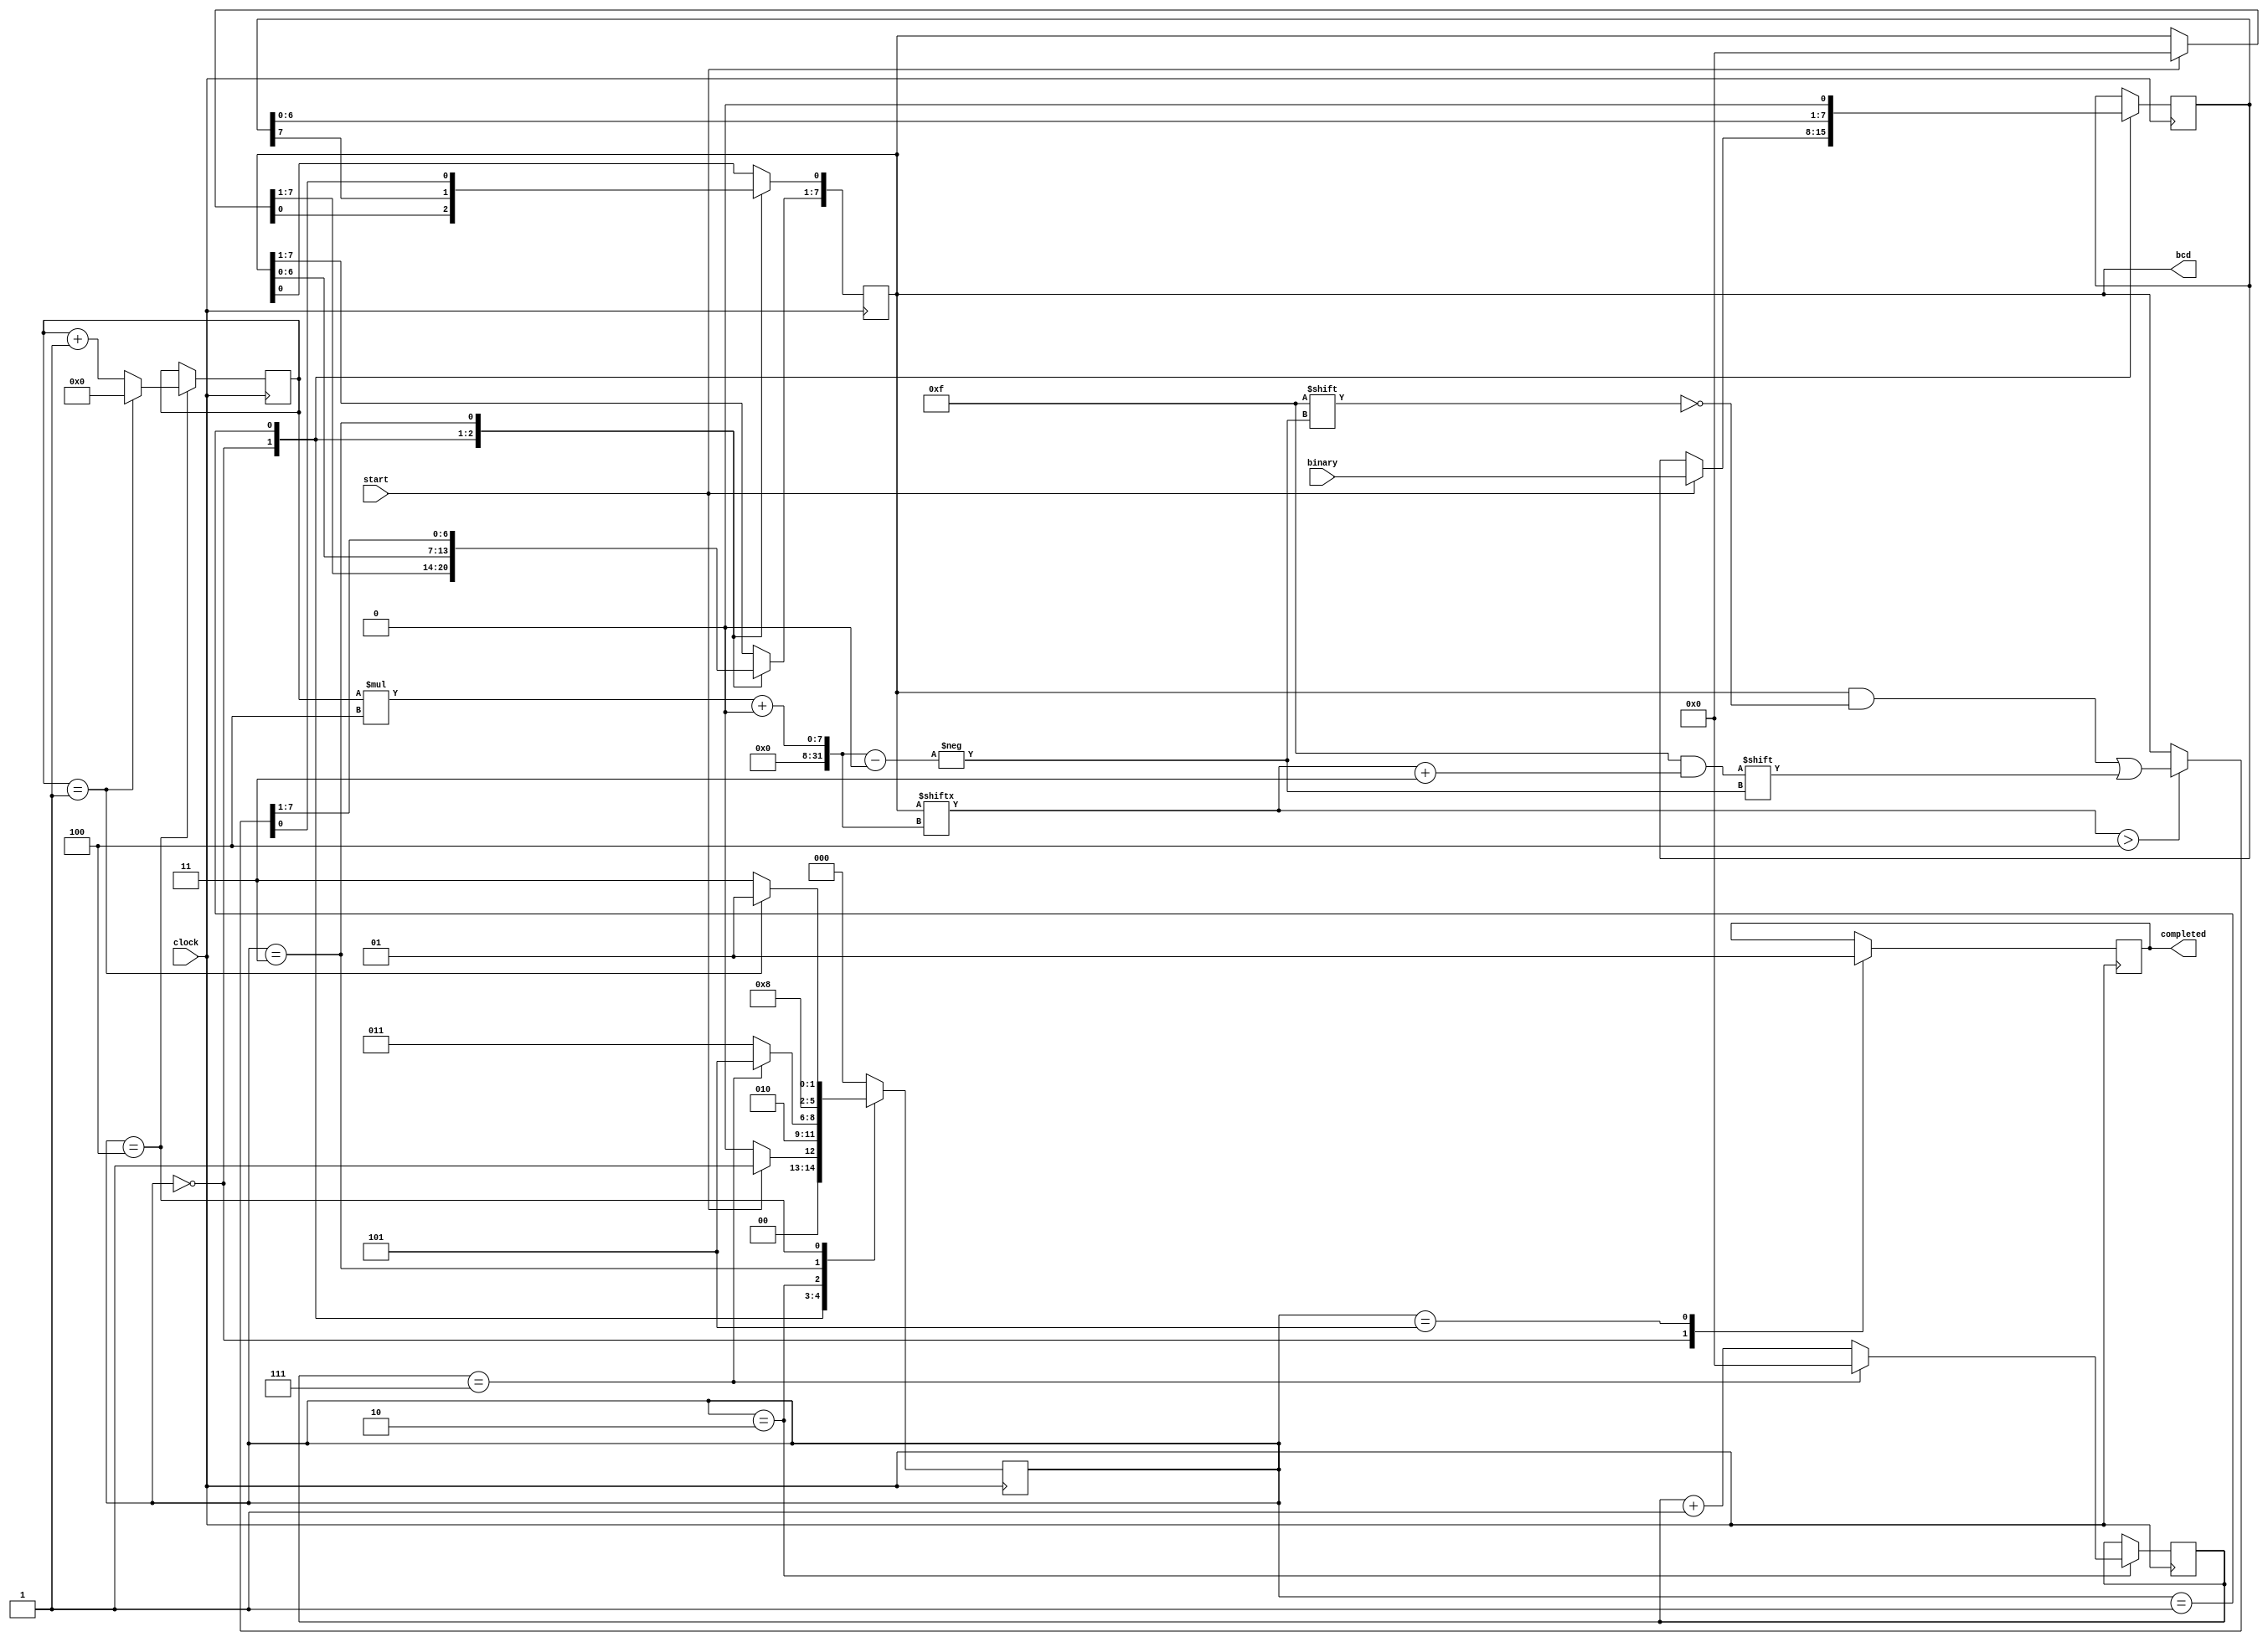
module BinaryToBCD #(
	parameter INPUT_LENGTH = 8,
	parameter N_DIGITS = 2
	)(
	input	wire								clock,
	input	wire								start,
	input wire	[INPUT_LENGTH-1:0]	binary,
	output 	 	[N_DIGITS*4-1:0]		bcd,
	output 									completed
	);
	
	//define the states of the FSM
	localparam IDLE 					= 3'b000;
	localparam SHIFT					= 3'b001;
	localparam CHECK_SHIFT_INDEX	= 3'b010;
	localparam ADD						= 3'b011;
	localparam CHECK_DIGIT_INDEX	= 3'b100;
	localparam FINISHED				= 3'b101;
	
	//the default state is IDLE
	reg [2:0] state = IDLE;
	
	//counter to chek how many time the code has been ran
	reg [7:0] loop_counter = 0;
	
	//countet keep track of which digit of the output is been worked on
	reg [3:0] decimal_digit_index = 0;
	
	//buffers between the state machine and the modules inputs and outputs
	reg [INPUT_LENGTH-1:0]	binary_buf;
	reg 	[N_DIGITS*4-1:0]	bcd_buf;
	reg							completed_buf;
	
	always @(posedge clock) begin
		
		case (state)
			//wait for a start signal, the inputs are initialised
			IDLE :
				begin
				
				completed_buf <= 1'b0;
				
				if (start == 1'b1) begin
					
					binary_buf <= binary;
					state <= SHIFT;
					bcd_buf <= 0;
					
					end else begin
					
					state <= IDLE;
					
					end
					
				end
			//bitshift the inputs and outp to the left, move the MSB
			//of the input to the LSB of the output
			SHIFT	:
				begin
				
				bcd_buf <= bcd_buf << 1;
				bcd_buf[0] <= binary_buf[INPUT_LENGTH-1];
				binary_buf <= binary_buf << 1;
				state <= CHECK_SHIFT_INDEX;
				
				end
			//if all the bits of the input have been shifted to the output
			//the conversion is finished
			CHECK_SHIFT_INDEX :
				begin
				
				if (loop_counter == (INPUT_LENGTH-1)) begin
				
					loop_counter <= 0;
					state <= FINISHED;
					
				end else begin
				
					loop_counter <= loop_counter + 1;
					state <= ADD;
					
					end
					
				end
			//for each nibble of the output if it is bigger than 4
			//add 3 to it
			ADD :
				begin
				
				if (bcd_buf[(decimal_digit_index*4)+:4] > 4) begin
					
					bcd_buf[(decimal_digit_index*4)+:4] <= bcd_buf[(decimal_digit_index*4)+:4] + 3;
				
				end
				
				state <= CHECK_DIGIT_INDEX;
				
				end
			//check how many decimal digit have been converted	
			CHECK_DIGIT_INDEX:
				begin
				
				if (decimal_digit_index == N_DIGITS-1) begin
					
					decimal_digit_index <= 0;
					state <= SHIFT;
					
				end else begin
					
					decimal_digit_index <= decimal_digit_index + 1;
					state <= ADD;
					
				end
				
				end
			//send a pulse to signal that the conversion is finished	
			FINISHED :
				begin
				
				completed_buf <= 1'b1;
				state <= IDLE;
				
				end
				
			default:
				state <= IDLE;
				
		endcase

	end
	
	assign bcd = bcd_buf;
	assign completed = completed_buf;


endmodule